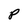
Character: P